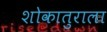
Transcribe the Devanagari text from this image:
शोकातुराला